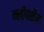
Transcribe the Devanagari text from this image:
क्लीपशैम